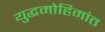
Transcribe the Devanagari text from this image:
युद्धमोहिमांत